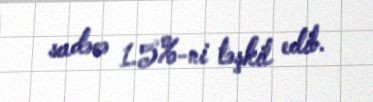
sadəcə 1.5%-ni təşkil edib.